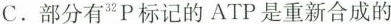
C.部分有3P标记的ATP是重新合成的